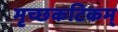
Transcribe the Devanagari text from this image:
मृच्छकटिकम्‌